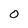
Character: O